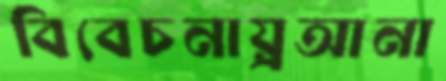
বিবেচনায়্রআনা